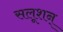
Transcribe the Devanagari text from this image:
सलूशन्